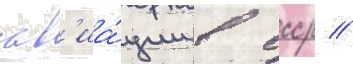
ав'иа́ции в ссср //